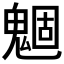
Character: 𲌪